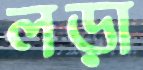
লড়া